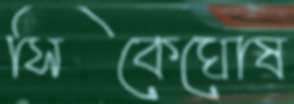
সিকেঘোষ